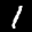
Label: 1